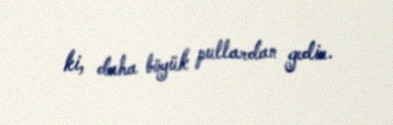
ki, daha böyük pullardan gedir.